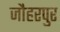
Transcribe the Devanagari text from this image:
जौहरपुर